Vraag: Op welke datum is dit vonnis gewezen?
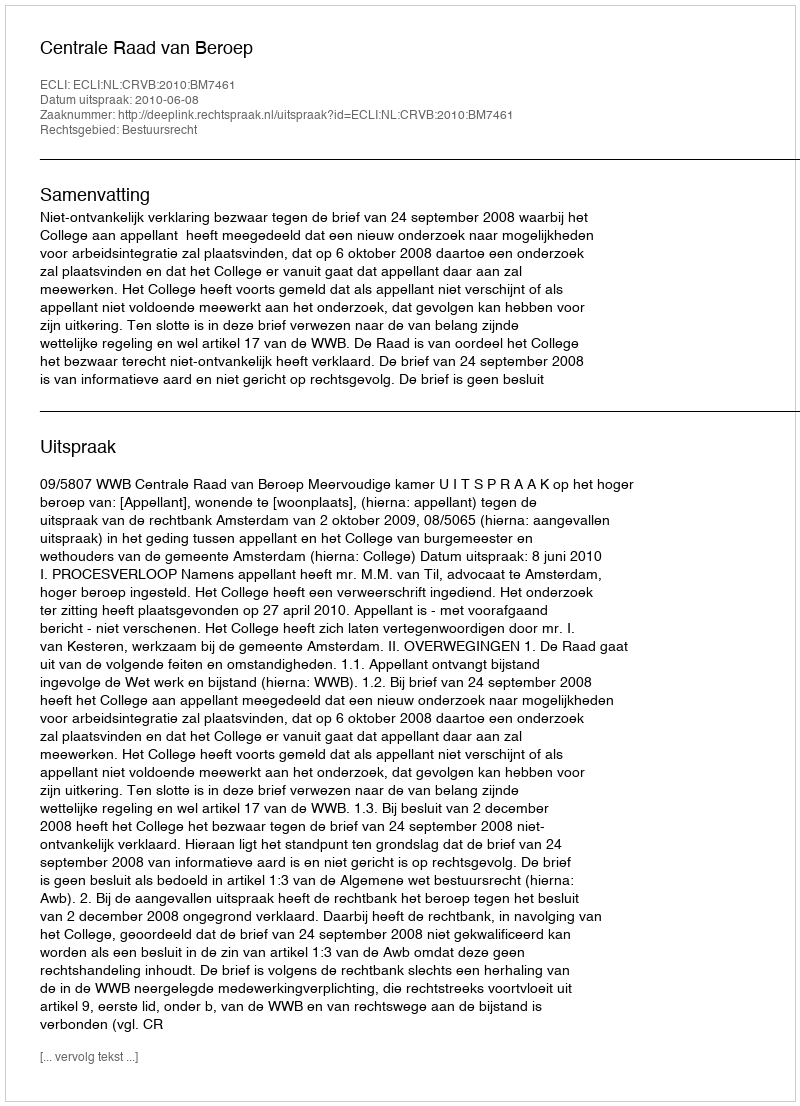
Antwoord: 2010-06-08